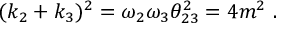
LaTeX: ( k _ { 2 } + k _ { 3 } ) ^ { 2 } = \omega _ { 2 } \omega _ { 3 } \theta _ { 2 3 } ^ { 2 } = 4 m ^ { 2 } \ .